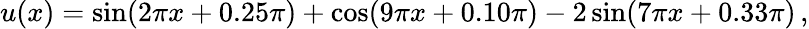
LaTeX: \begin{array}{r}{u(x)=\sin(2\pi x+0.25\pi)+\cos(9\pi x+0.10\pi)-2\sin(7\pi x+0.33\pi)\, ,}\end{array}